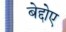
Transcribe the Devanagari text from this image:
बेद्दोए